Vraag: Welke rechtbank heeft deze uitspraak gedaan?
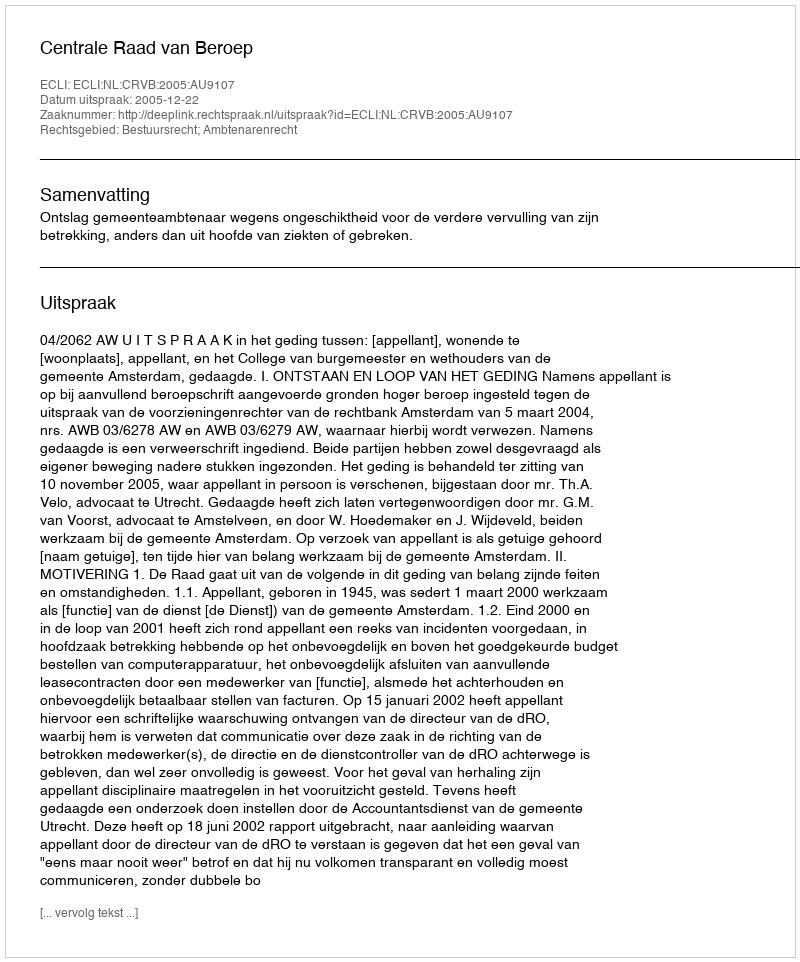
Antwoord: Centrale Raad van Beroep